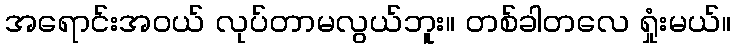
အရောင်းအဝယ် လုပ်တာမလွယ်ဘူး။ တစ်ခါတလေ ရှုံးမယ်။